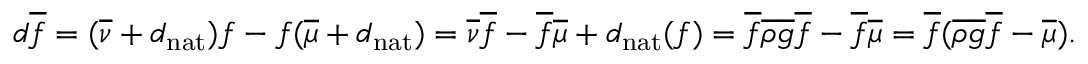
\begin{array} { r } { d \overline { { f } } = ( \overline { { \nu } } + { d _ { \mathrm { n a t } } } ) f - f ( \overline { { \mu } } + { d _ { \mathrm { n a t } } } ) = \overline { { \nu } } \overline { { f } } - \overline { { f } } \overline { { \mu } } + { d _ { \mathrm { n a t } } } ( f ) = \overline { { f } } \overline { { \rho } } \overline { { g } } \overline { { f } } - \overline { { f } } \overline { { \mu } } = \overline { { f } } ( \overline { { \rho } } \overline { { g } } \overline { { f } } - \overline { { \mu } } ) . } \end{array}